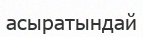
асыратындай